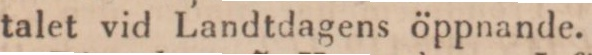
talet vid Landtdagens öppnande.